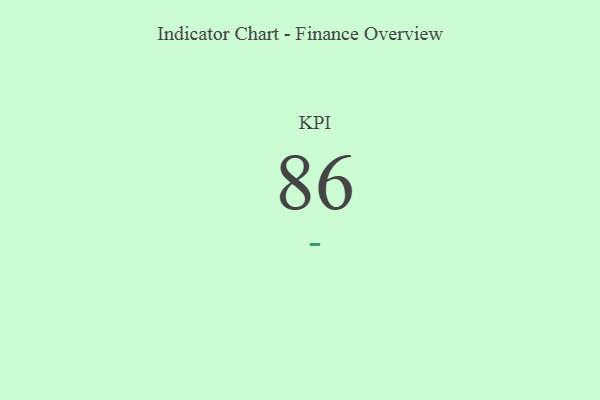
{"axis": {"x": "KPI", "y": "Value"}, "legend": [""], "data": [{"x": "KPI", "y": 86, "type": ""}]}